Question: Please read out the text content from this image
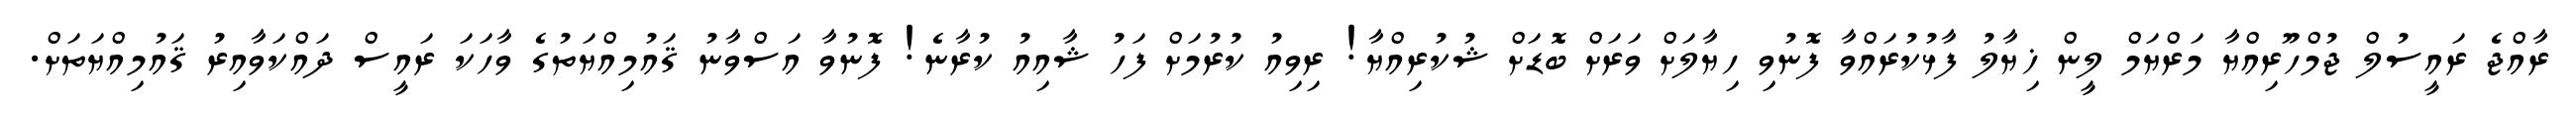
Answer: ރާއްޖެ ރައީސުލް ޖުމްހޫރިއްޔާ މަރްޔަމް ލީން ޚިޔާލު ފާޅުކުރައްވާ ފޮނުވި ހިޔާލަށް ވަރަށް ބޮޑަށް ޝުކުރިއްޔާ! ރިވިއު ކުރުމަށް ފަހު ޝާއިއު ކުރާނެ! ފޮނުވާ އަސްވާނު ޤައުމިއްޔަތުގެ ވާހަކަ ރައީސް ދައްކަވާއިރު ޤައުމިއްޔަތަށް.